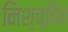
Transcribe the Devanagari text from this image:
निश्च्चित